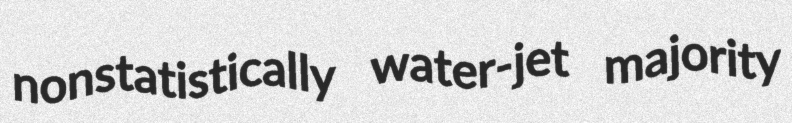
nonstatistically water-jet majority